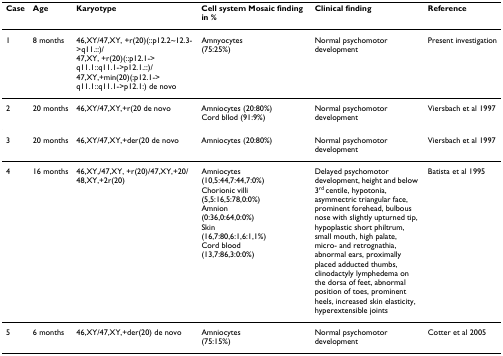
| Case | Age | Karyotype | Cell system Mosaic finding in % | Clinical finding | Reference |
 | --- | --- | --- | --- | --- | --- |
 | 1 | 8 months | 46,XY/47,XY, +r(20)(::p12.2~12.3->q11.::)/47,XY, +r(20)(::p12.1->q11.1::q11.1->p12.1.::)/47,XY,+min(20)(:p12.1->q11.1::q11.1->p12.1:) de novo | Amnyocytes(75:25%) | Normal psychomotor development | Present investigation |
 | 2 | 20 months | 46,XY/47,XY,+r(20 de novo | Amniocytes (20:80%)Cord bllod (91:9%) | Normal psychomotor development | Viersbach et al 1997 |
 | 3 | 20 months | 46,XY/47,XY,+der(20 de novo | Amniocytes (20:80%) | Normal psychomotor development | Viersbach et al 1997 |
 | 4 | 16 months | 46,XY,/47,XY, +r(20)/47,XY,+20/48,XY,+2r(20) | Amniocytes(10,5:44,7:44,7:0%)Chorionic villi(5,5:16,5:78,0:0%)Amnion(0:36,0:64,0:0%)Skin(16,7:80,6:1,6:1,1%)Cord blood(13,7:86,3:0:0%) | Delayed psychomotor development, height and below 3rd centile, hypotonia, asymmectric triangular face, prominent forehead, bulbous nose with slightly upturned tip, hypoplastic short philtrum, small mouth, high palate, micro- and retrognathia, abnormal ears, proximally placed adducted thumbs, clinodactyly lymphedema on the dorsa of feet, abnormal position of toes, prominent heels, increased skin elasticity, hyperextensible joints | Batista et al 1995 |
 | 5 | 6 months | 46,XY/47,XY,+der(20) de novo | Amniocytes(75:15%) | Normal psychomotor development | Cotter et al 2005 |